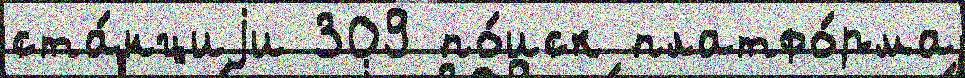
ста́нциjи 309 по́иск платфо́рма